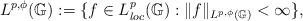
LaTeX: \begin{align*}L^{p,\phi}(\mathbb{G}):=\{f\in L^{p}_{loc}(\mathbb{G}):\|f\|_{L^{p,\phi}(\mathbb{G})}<\infty\},\end{align*}